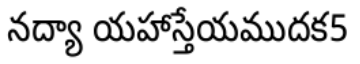
నద్యా యహాస్తేయముదక5